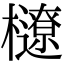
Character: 𣟆